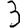
Digit: 3